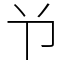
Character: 兯